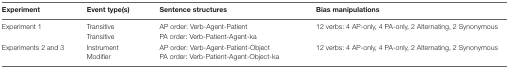
<table><thead><tr><td><b>Experiment</b></td><td><b>Event type(s)</b></td><td><b>Sentence structures</b></td><td><b>Bias manipulations</b></td></tr></thead><tbody><tr><td>Experiment 1</td><td>Transitive Transitive</td><td>AP order: Verb-Agent-Patient PA order: Verb-Patient-Agent-ka</td><td>12 verbs: 4 AP-only, 4 PA-only, 2 Alternating, 2 Synonymous</td></tr><tr><td>Experiments 2 and 3</td><td>Instrument Modifier</td><td>AP order: Verb-Agent-Patient-Object PA order: Verb-Patient-Agent-Object-ka</td><td>12 verbs: 4 AP-only, 4 PA-only, 2 Alternating, 2 Synonymous</td></tr></tbody></table>